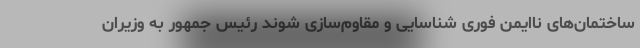
ساختمان‌های ناایمن فوری شناسایی و مقاوم‌سازی شوند رئیس جمهور به وزیران